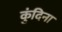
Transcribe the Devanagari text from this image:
कुंदिना